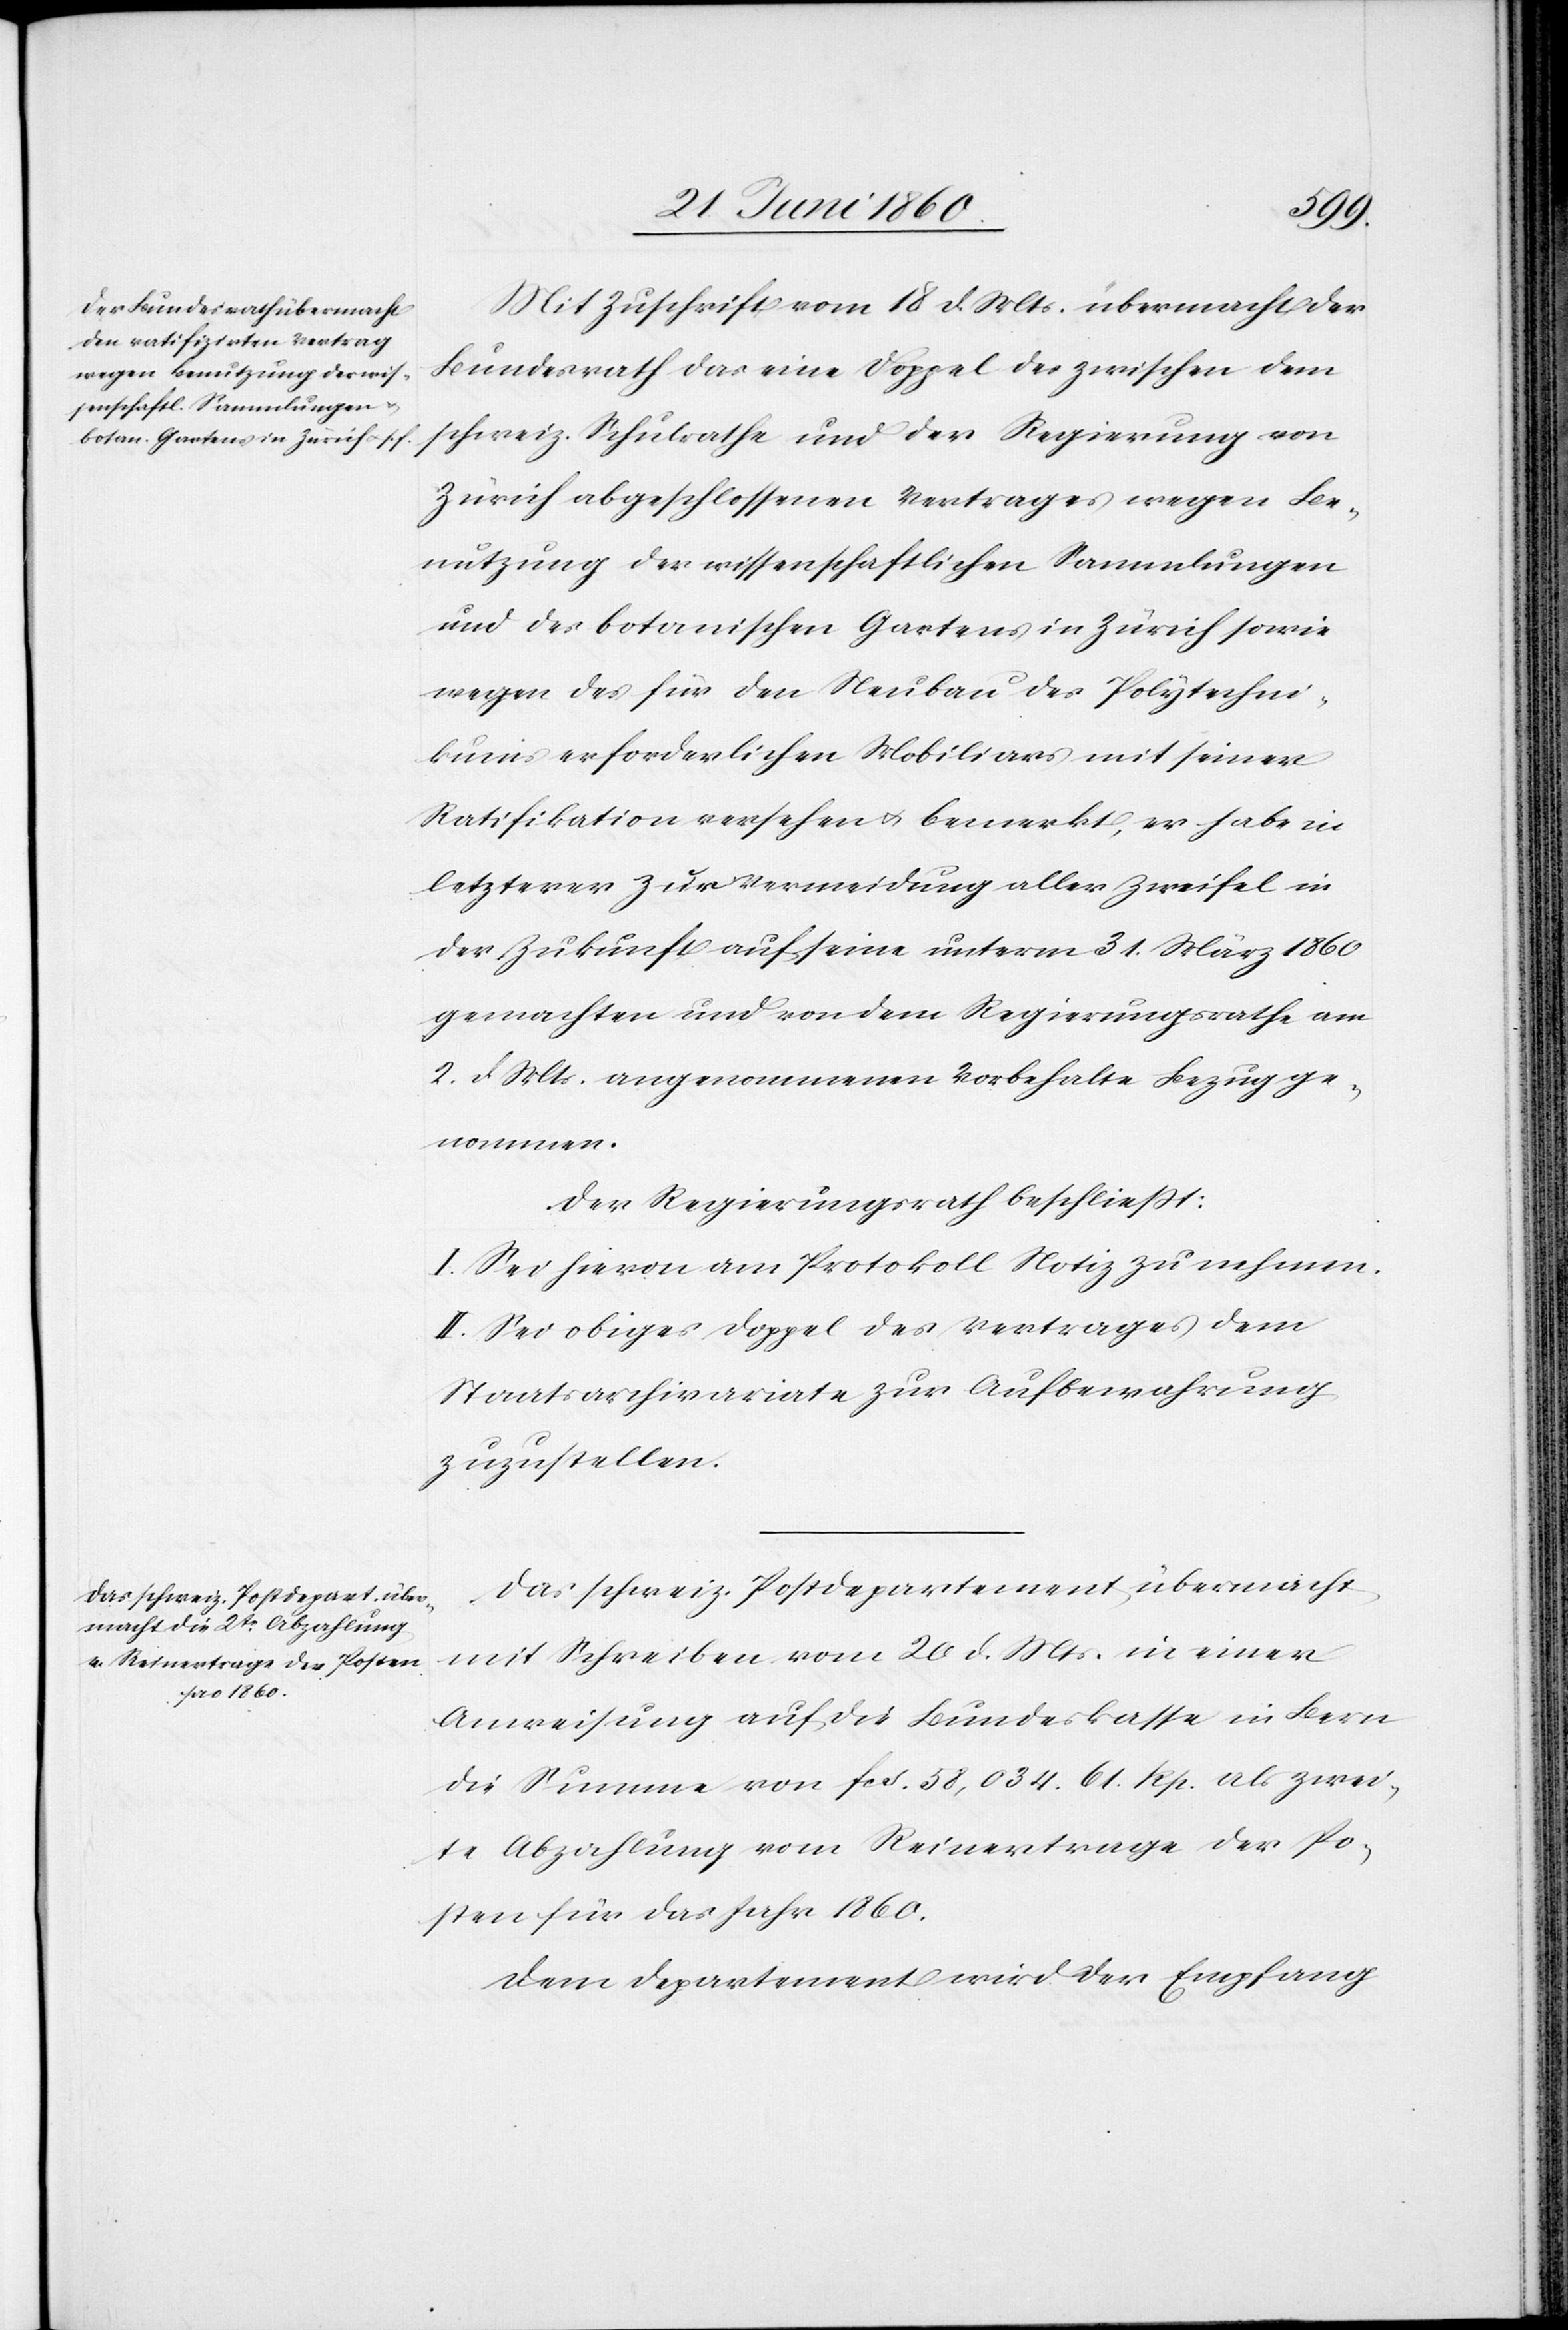
Mit Zuschrift vom 18. d. Mts. übermacht der
Bundesrath das eine Doppel der zwischen dem
schweiz. Schulrathe und der Regierung von
Zürich abgeschlossenen Vertrages wegen Be¬
nutzung der wissenschaftlichen Sammlungen
und des botanischen Gartens in Zürich sowie
wegen des für den Neubau des Polytechni¬
kums erforderlichen Mobiliars mit seiner
Ratifikation versehen u. bemerkt, er habe in
letzterer zur Vermeidung aller Zweifel in
der Zukunft auf seine unterm 31. März 1860
gemachten und von dem Regierungsrathe am
2. d. Mts. angenommenen Vorbehalte Bezug ge¬
nommen.
Der Regierungsrath beschliesst:
I. Sei hievon am Protokoll Notiz zu nehmen.
II. Sei obiges Doppel des Vertrages dem
Staatsarchivariate zur Aufbewahrung
zuzustellen.
Das schweiz. Postdepartement übermacht
mit Schreiben vom 26. d. Mts. in einer
Anweisung auf die Bundeskasse in Bern
die Summe von fcs. 58,034. 61. Rp. als zwei¬
te Abzahlung vom Reinertrage der Po¬
sten für das Jahr 1860.
Dem Departement wird der Empfang